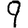
Digit: 9